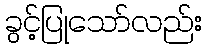
ခွင့်ပြုသော်လည်း